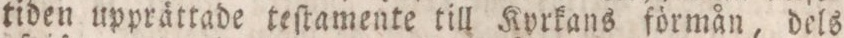
tiden upprättade teſtamente till Kyrkans förmån, dels